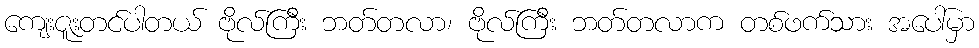
ကျေးဇူးတင်ပါတယ် ဗိုလ်ကြီး ဘတ်တလာ၊ ဗိုလ်ကြီး ဘတ်တလာက တစ်ဖက်သား အပေါ်မှာ